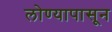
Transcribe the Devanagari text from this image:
लोण्यापासून